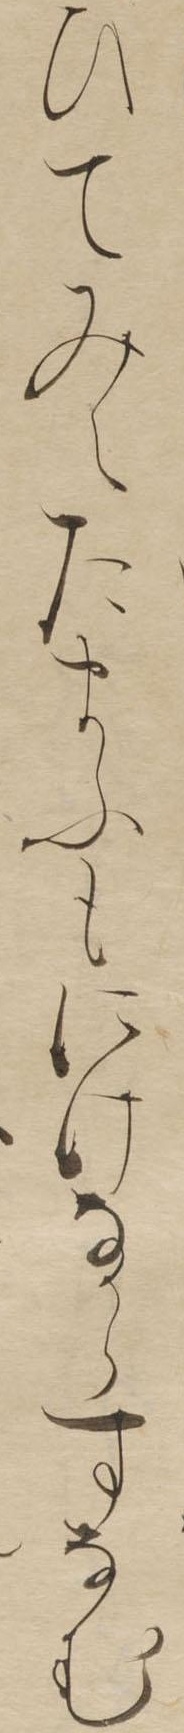
ひてみえたまふもにけなからすなむ